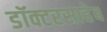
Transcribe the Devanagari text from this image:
डॉक्टरसाहेब